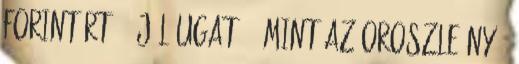
forintért. - Jól ugat? - Mint az oroszleány -